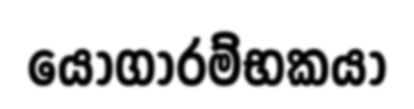
යෝගාරම්භකයා